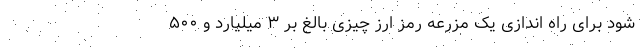
شود برای راه اندازی یک مزرعه رمز ارز چیزی بالغ بر ۳ میلیارد و ۵۰۰